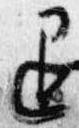
退